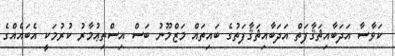
ކަވާސާ އަދަބާއިޘަޤާފަތް އަދަބާއިޘަޤާފަތުގެ ބައިތައް މަޒްމޫނު ބަސް އިސްތިޢުމާރު ކުރުމަކީ އެބައެއްގެ